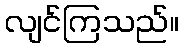
လျင်ကြသည်။